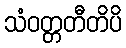
သံဝတ္တတီတိပိ